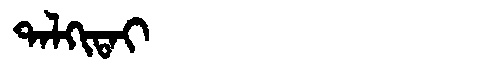
Manchu: ᡨᠠᠯᡴᡳᡨᠠᡳ
Romanization: TALKITAI